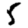
Digit: 5